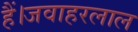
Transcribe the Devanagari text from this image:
हैं।जवाहरलाल